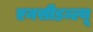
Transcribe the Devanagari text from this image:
एनसीडब्ल्यू